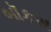
બૉકસ